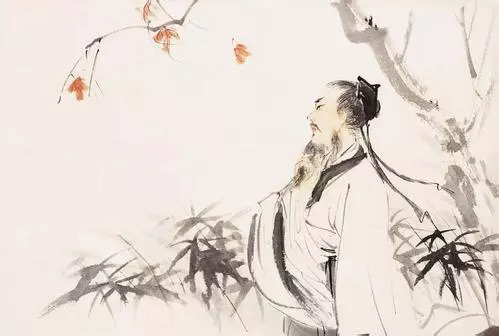
此地别燕丹，壮士发冲冠。